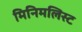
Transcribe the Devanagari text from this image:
मिनिमलिस्ट